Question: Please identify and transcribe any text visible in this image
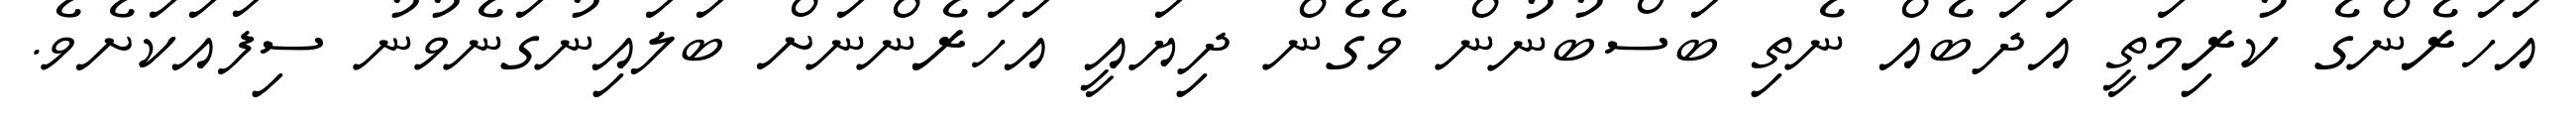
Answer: އަހަރެންގެ ކުރިމަތީ އަދަބެއް ނެތި ބަސްބުނުން ވެގެން ދިޔައީ އަހަރެންނަށް ބަލައިނުގަނެވުނު ސިފައަކަށެވެ.